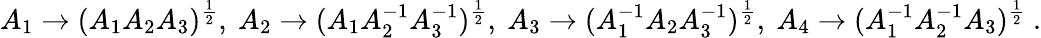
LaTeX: A_{1}\to(A_{1}A_{2}A_{3})^{\frac{1}{2}},\ A_{2}\to(A_{1}A_{2}^{-1}A_{3}^{-1})^{\frac{1}{2}},\ A_{3}\to(A_{1}^{-1}A_{2}A_{3}^{-1})^{\frac{1}{2}},\ A_{4}\to(A_{1}^{-1}A_{2}^{-1}A_{3})^{\frac{1}{2}}~.